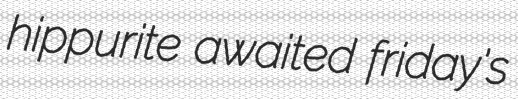
hippurite awaited friday's